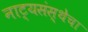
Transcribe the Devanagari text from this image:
नाट्यसंस्थेचा